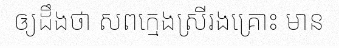
ឲ្យដឹងថា សពក្មេងស្រីរងគ្រោះ មាន